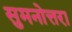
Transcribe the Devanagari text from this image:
सुमनोत्तरा